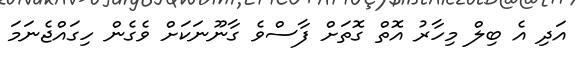
އަދި އެ ބިލް މިހާރު އޮތް ގޮތަށް ފާސްވެ ގާނޫނަކަށް ވެގެން ހިގައްޖެނަމަ